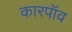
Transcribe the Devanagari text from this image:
कारपॉव